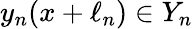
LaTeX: y_{n}(x+\ell_{n})\in Y_{n}